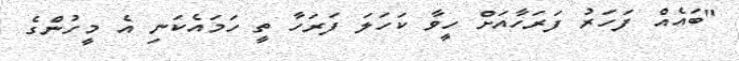
"ބައެއް ފަހަރު ފަރަހާއަށް ހީވާ ކަހަލަ ފަރަހާ ތީ ހަމައެކަނި އެ މީހުންގެ